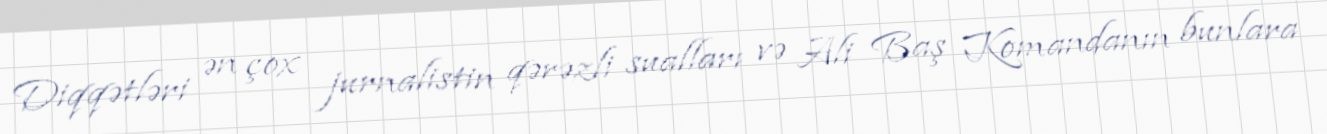
Diqqətləri ən çox jurnalistin qərəzli sualları və Ali Baş Komandanın bunlara